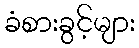
ခံစားခွင့်များ